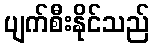
ပျက်စီးနိုင်သည်